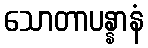
သောတာပန္နာနံ